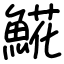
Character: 𩸽